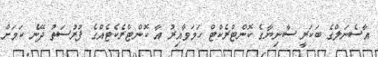
އާސެނަލްގެ ބަކަރީ ސާނިޔާގެ ކޮންޓްރެކްޓް ހަމަވާއިރު އާ ކޮންޓްރެކެޓެއްގެ ފުރުސަތު ދޭނެ ކަމަށް